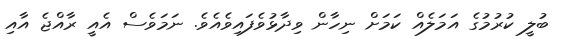
ބުލީ ކުރުމުގެ އަމަލެއް ކަމަށް ނިހާން ވިދާޅުވެފައިވެއެވެ. ނަމަވެސް އެއީ ރާއްޖެ އާއި